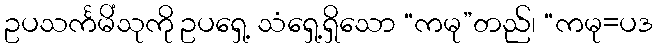
ဥပသင်္ကမိံသုကို ဥပရှေ့ သံရှေ့ရှိသော “ကမု”တည်၊ “ကမု=ပဒ